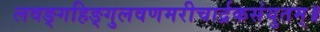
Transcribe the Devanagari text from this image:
लवङ्गहिङ्गुलवणमरीचार्द्रकसंयुतम्॥